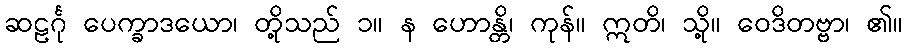
ဆဠင်္ဂု ပေက္ခာဒယော၊ တို့သည် ၁။ န ဟောန္တိ၊ ကုန်။ ဣတိ၊ သို့။ ဝေဒိတဗ္ဗာ၊ ၏။